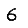
Digit: 6